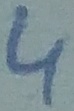
Text: 4